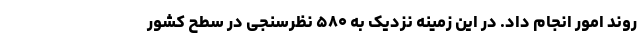
روند امور انجام داد. در این زمینه نزدیک به ۵۸۰ نظرسنجی در سطح کشور